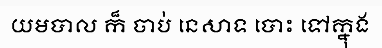
យមបាល ក៏ ចាប់ នេសាទ បោះ ទៅក្នុង